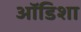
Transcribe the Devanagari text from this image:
ऑडिशा